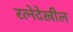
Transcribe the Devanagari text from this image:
रत्‍नेदेखील